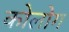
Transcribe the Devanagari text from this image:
कोलोग